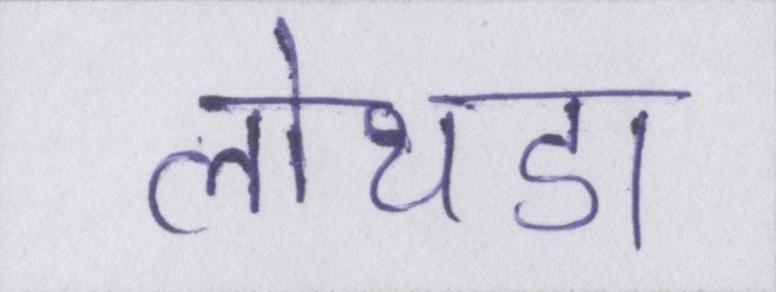
लोथडा